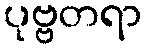
ပုဗ္ဗတရာ